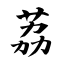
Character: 荔